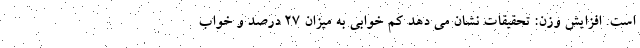
است. افزایش وزن: تحقیقات نشان می دهد کم خوابی به میزان ۲۷ درصد و خواب